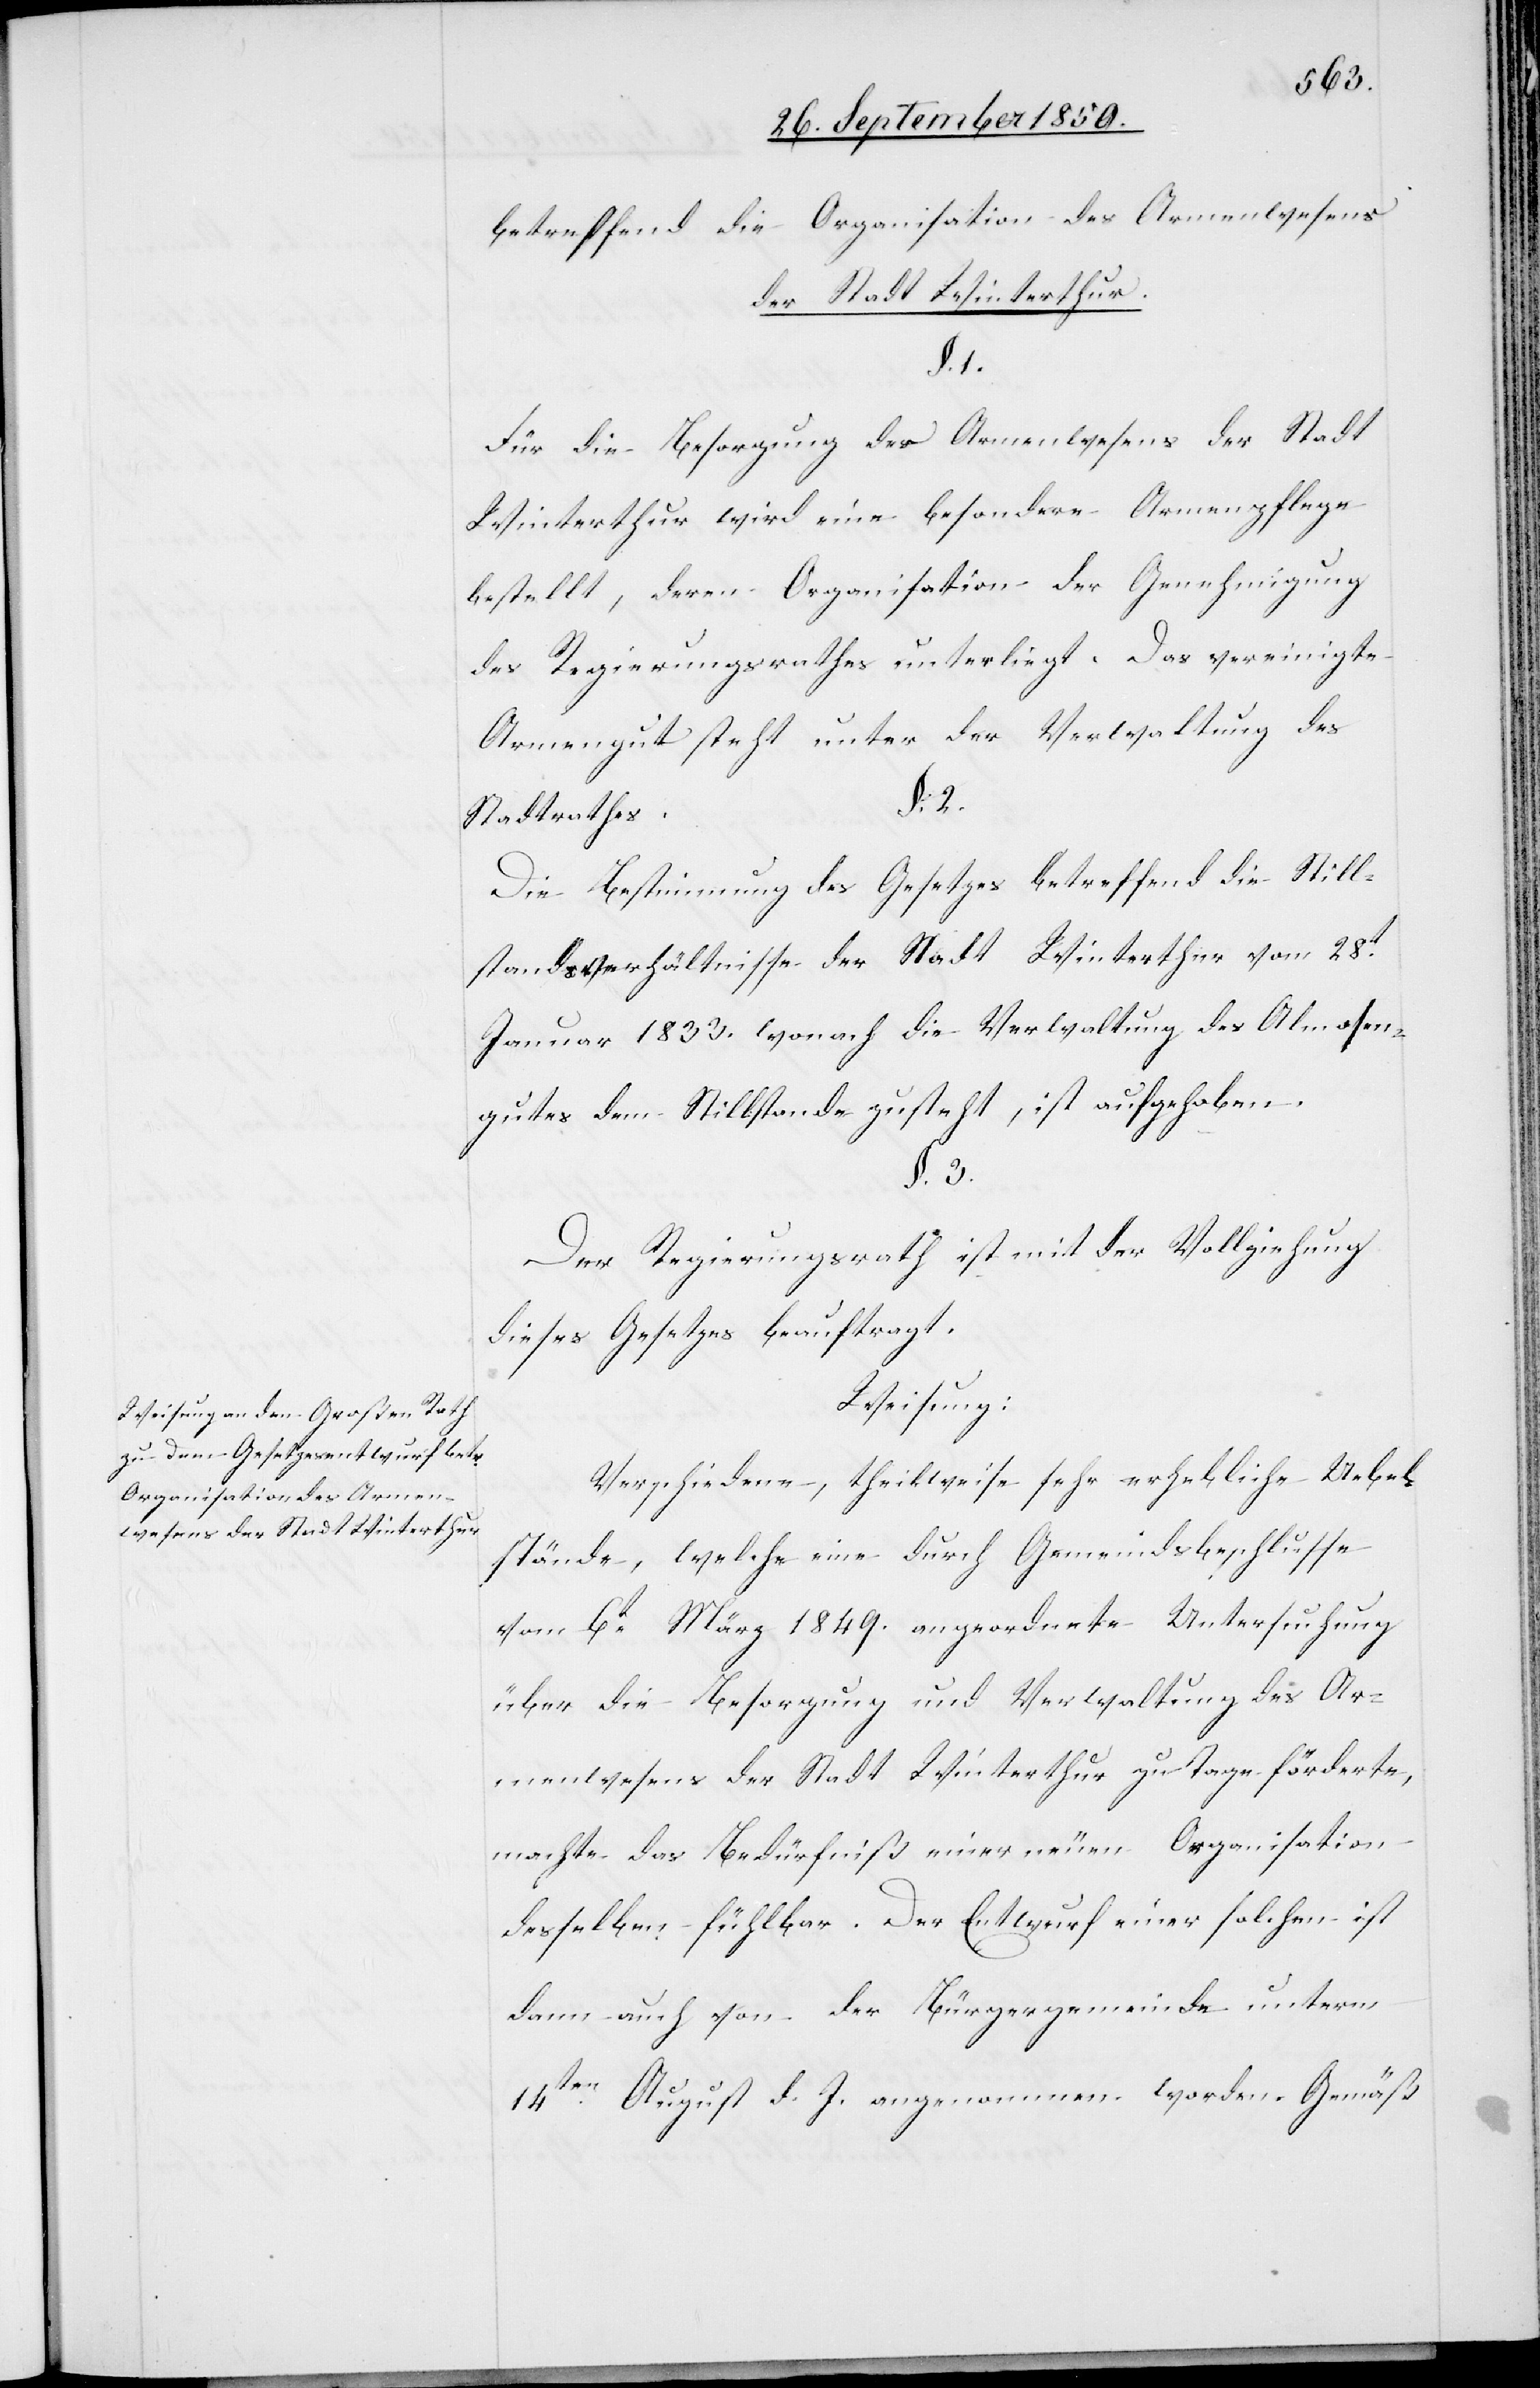
betreffend die Organisation des Armenwesens
der Stadt Winterthur.
§. 1.
Für die Besorgung des Armenwesens der Stadt
Winterthur wird eine besondere Armenpflege
bestellt, deren Organisation der Genehmigung
des Regierungsrathes unterliegt. Das vereinigte
Armengut steht unter der Verwaltung des
§. 2.
Stadtrathes.
Die Bestimmung des Gesetzes betreffend die Still¬
standsverhältnisse der Stadt Winterthur vom 28t
Januar 1833. wonach die Verwaltung des Almosen¬
gutes dem Stillstande zusteht, ist aufgehoben.
§. 3.
Der Regierungsrath ist mit der Vollziehung
dieses Gesetzes beauftragt.
Weisung:
Verschiedene, theilweise sehr erhebliche Uebel¬
stände, welche eine durch Gemeindsbeschlusse
vom 6t März 1849. angeordnete Untersuchung
über die Besorgung und Verwaltung des Ar¬
menwesens der Stadt Winterthur zu Tage förderte,
machte das Bedürfniß einer neuen Organisation
desselben fühlbar. Der Entwurf einer solchen ist
dann auch von der Bürgergemeinde unterm
14ten August d. J. angenommen worden. Gemäß